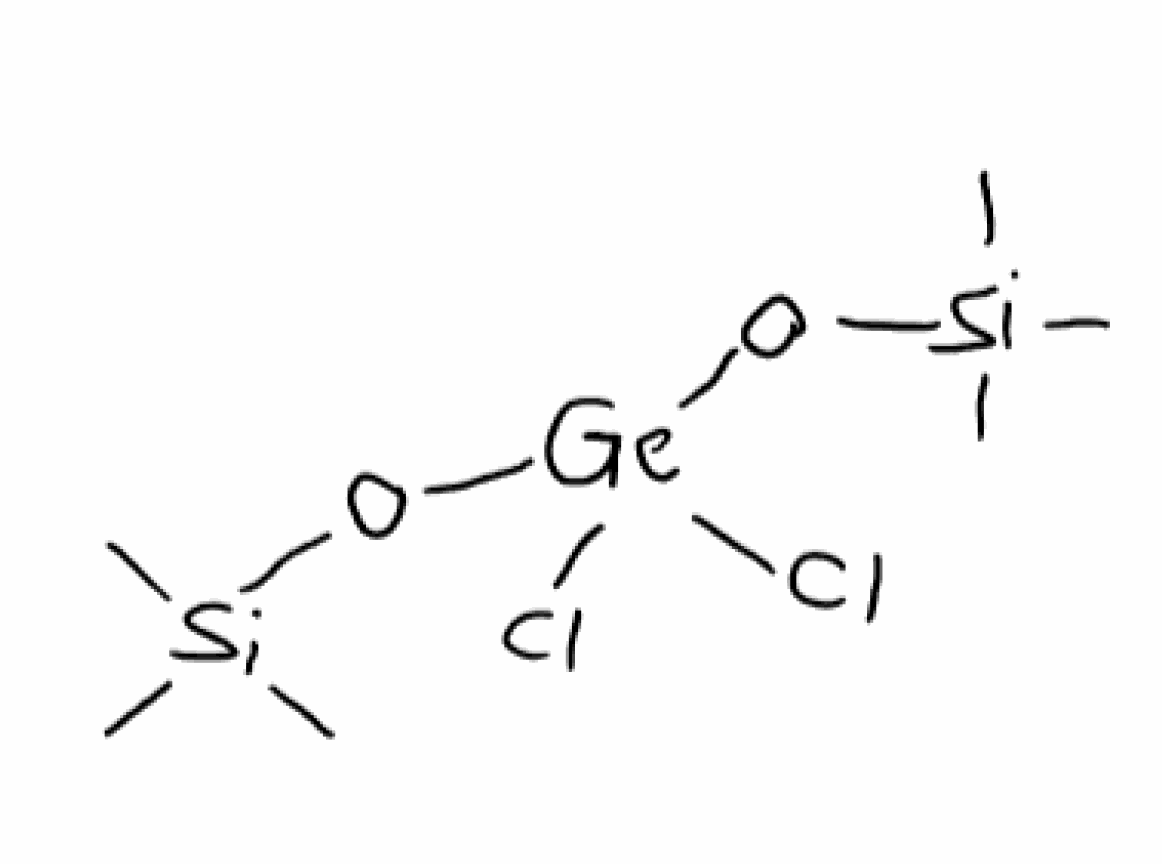
Simplified molecular-input line-entry system (SMILES) notation of the given molecule:
C[Si](C)(C)O[Ge](O[Si](C)(C)C)(Cl)Cl